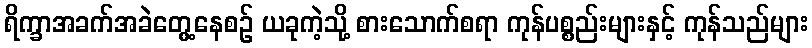
ရိက္ခာအခက်အခဲတွေ့နေစဉ် ယခုကဲ့သို့ စားသောက်စရာ ကုန်ပစ္စည်းများနှင့် ကုန်သည်များ